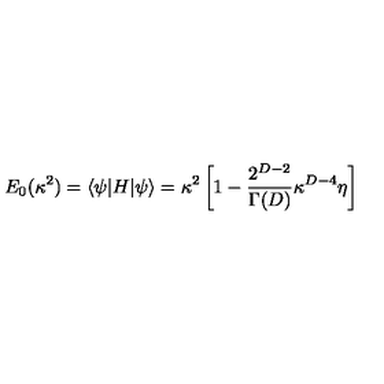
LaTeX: E _ { 0 } ( \kappa ^ { 2 } ) = \langle \psi | H | \psi \rangle = \kappa ^ { 2 } \left[ 1 - { \frac { 2 ^ { D - 2 } } { \Gamma ( D ) } } \kappa ^ { D - 4 } \eta \right]